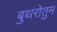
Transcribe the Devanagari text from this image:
बुथरोतुम